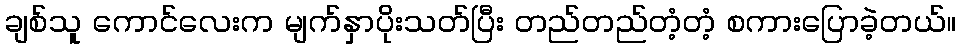
ချစ်သူ ကောင်လေးက မျက်နှာပိုးသတ်ပြီး တည်တည်တံ့တံ့ စကားပြောခဲ့တယ်။